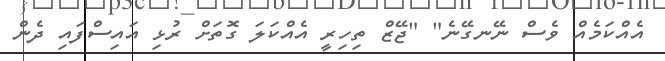
އެއްކަމެއް ވެސް ނޭނގޭނެ" "ޖޭޒް ތިހިރީ އެއްކަލަ ގޮތަށް ރުޅި އައިސްފައި ދެން